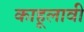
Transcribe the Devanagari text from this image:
काहूलावी